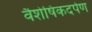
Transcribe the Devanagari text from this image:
वैशेषिकदर्पण